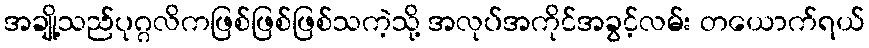
အချို့သည်ပုဂ္ဂလိကဖြစ်ဖြစ်ဖြစ်သကဲ့သို့ အလုပ်အကိုင်အခွင့်လမ်း တယောက်ရယ်